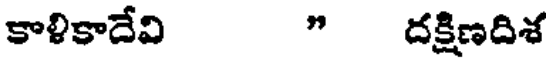
కాళికాదేవి " దక్షిణదిశ